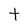
Character: t